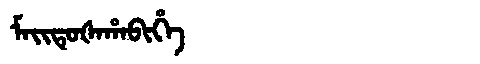
Manchu: ᠮᠠᡳᡨᡠᡧᠠᡥᠠᠪᡳᡥᡝ
Romanization: MAITUŠAHABIHE